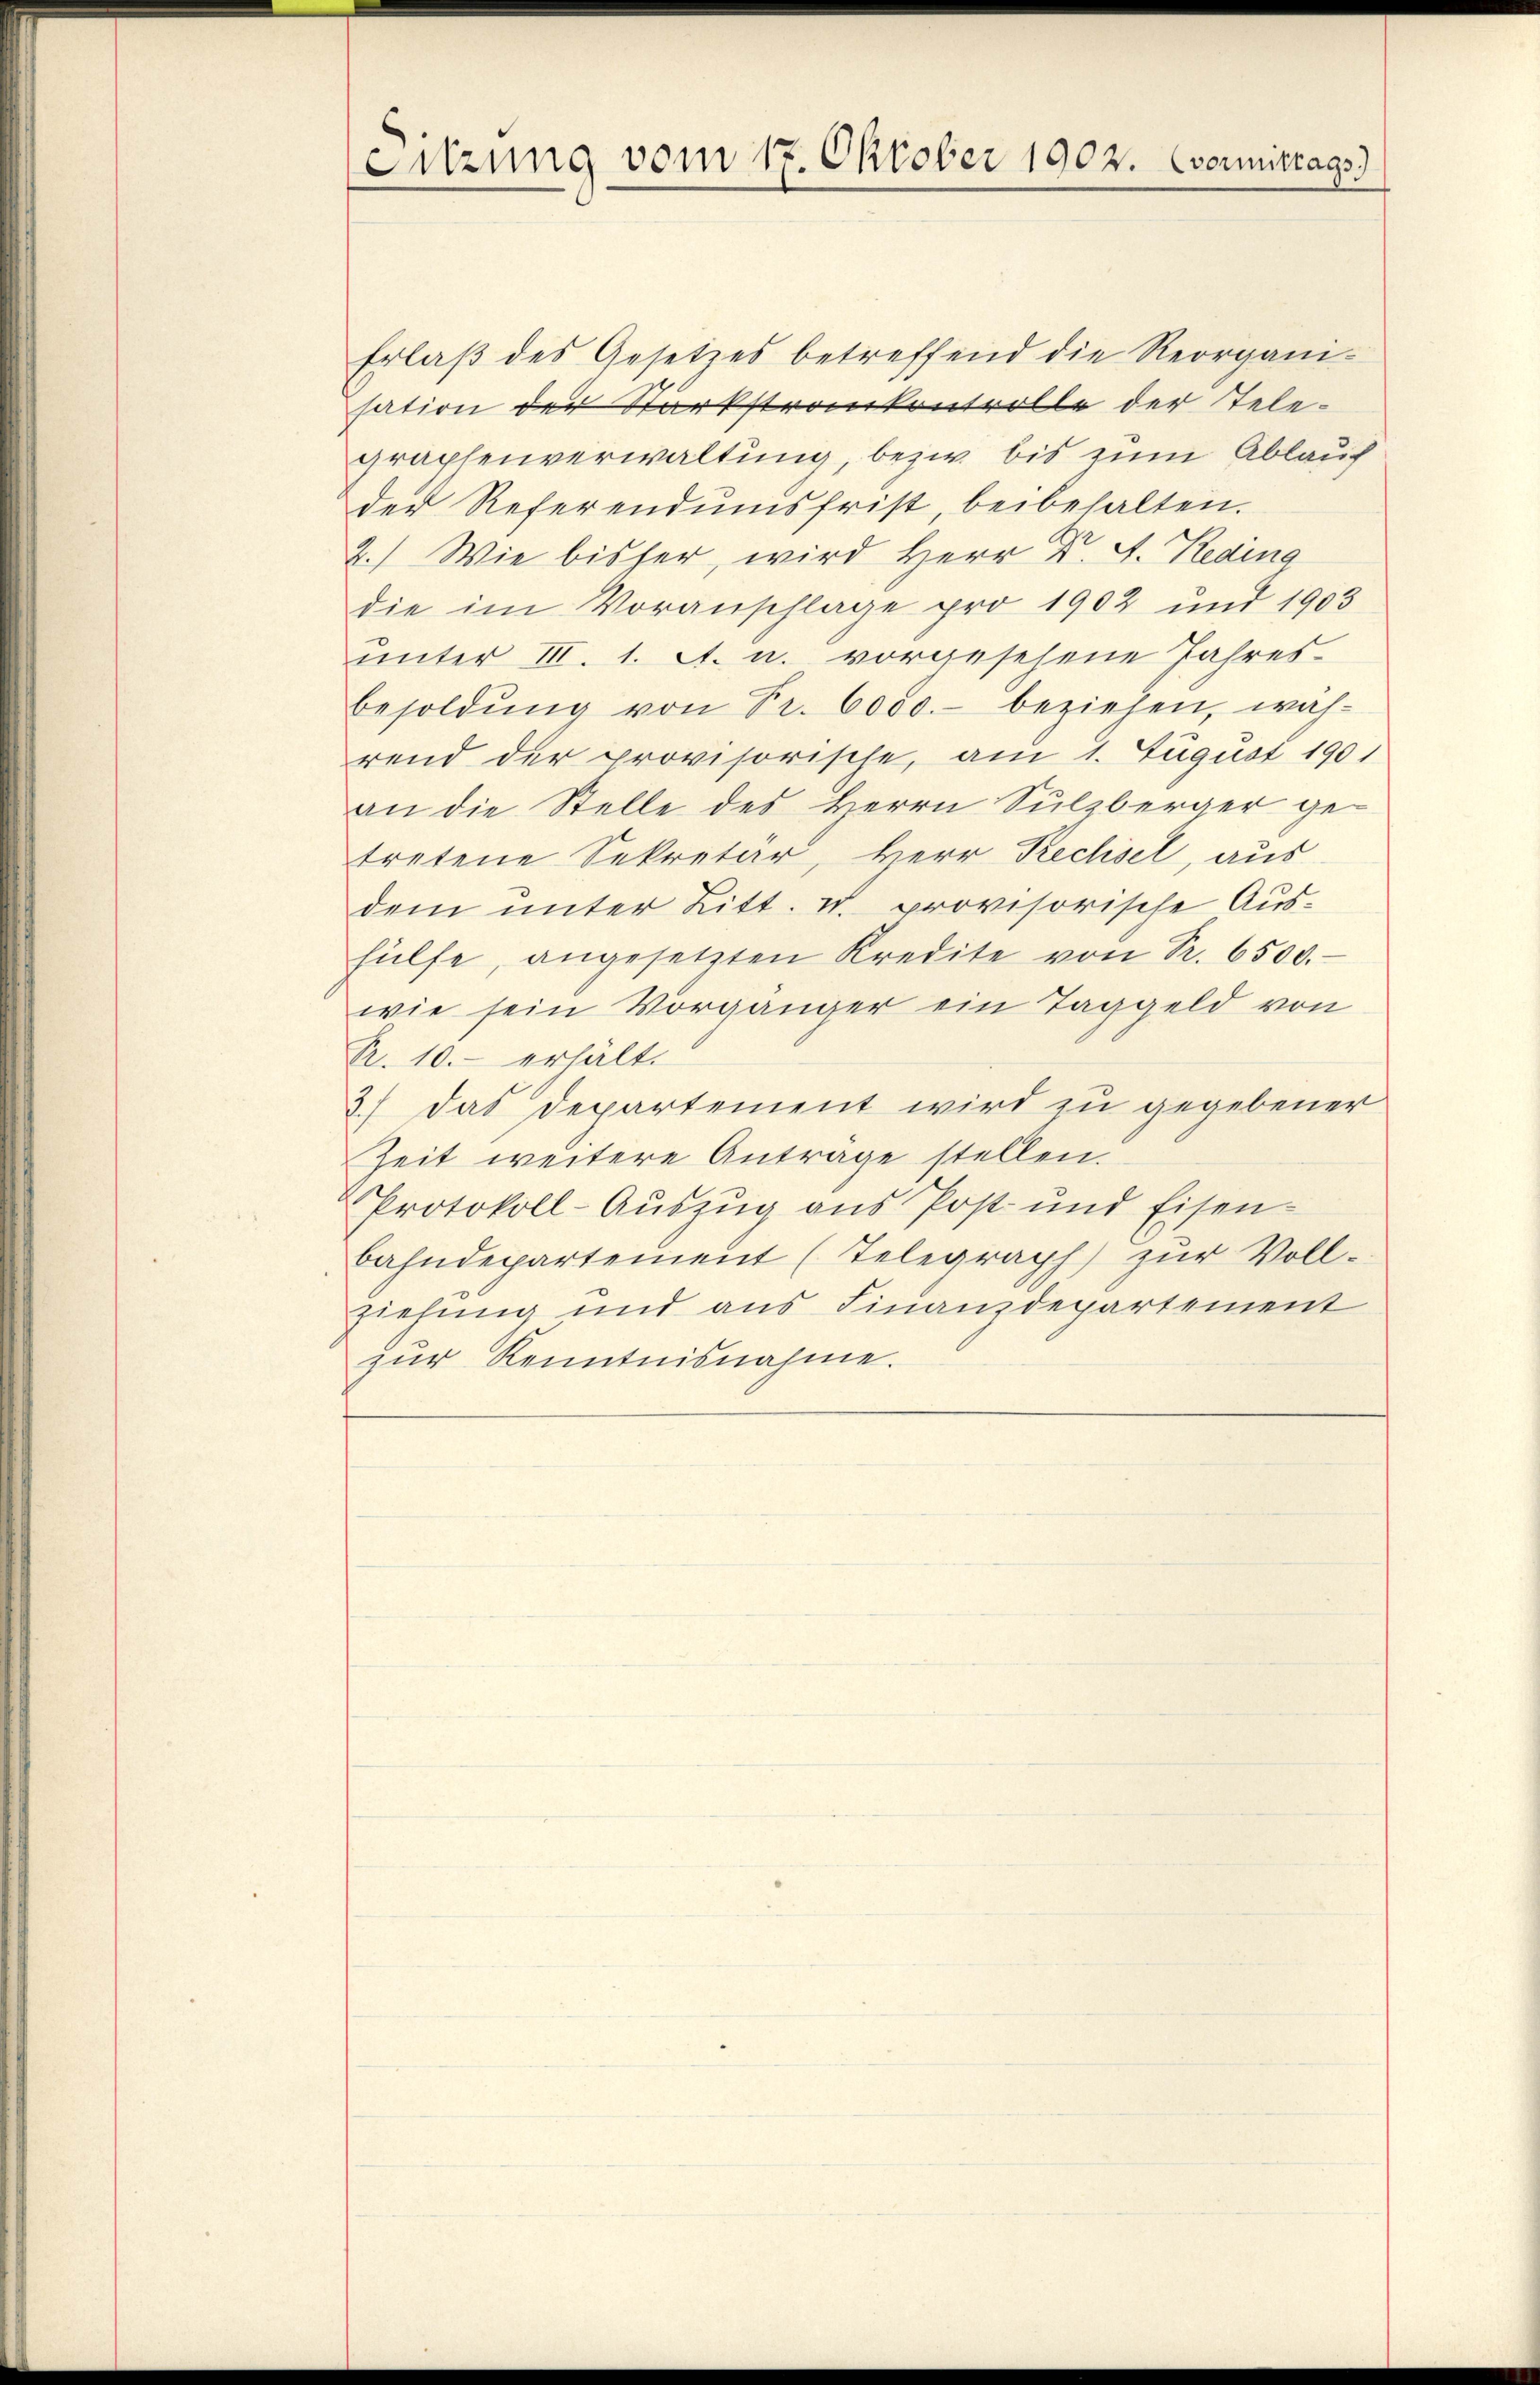
Sitzung vom 17. Oktober 1902. (vermittags)

Erlaß des Gesetzes betreffend die Reorganisation der Stärkstrankontrolle der Telegraphenverwaltung, bezir bis zum Ablauf
der Referendumsfrist, beibehalten.
2.) Wie bisher, wird Herr Dr. A. Reding
die im Voranschlage pro 1902 und 1903
unter III. 1. A. u. vorgesehene Jahres¬
Besoldŭng von Fr. 6000.- beziehen, wäh-
rend der provisorische, am 1. August 1901
an die Stelle des Herrn Sulzberger getretene Sekretär, Herr Prechsel, aus
dem unter Litt. u. provisorische Aushülfe, angesetzten Kredite von Sr. 6500.
wie sein Vorgänger ein Taggeld von
R. 10.- erhält.
2) das Departement wird zu gegebener
Zeit weitere Antrage stellen.
Protokoll-Auszug aus Post- und Eisen-
bahndepartement (Telegraph) zŭr Voll-
Ziehung und aus Finanzdepartement
zŭr Kenntnisnahme.